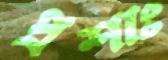
প্রশাঃ